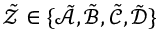
\tilde { \mathcal { Z } } \in \{ \tilde { \mathcal { A } } , \tilde { \mathcal { B } } , \tilde { \mathcal { C } } , \tilde { \mathcal { D } } \}